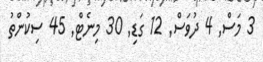
3 މަސް